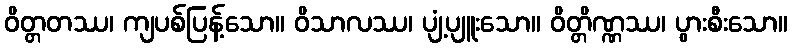
ဝိတ္တတဿ၊ ကျပစ်ပြန့်သော။ ဝိသာလဿ၊ ပျံ့ပျူးသော။ ဝိတ္တိဏ္ဏဿ၊ ပွားစီးသော။